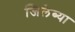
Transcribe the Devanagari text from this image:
जिलेब्या